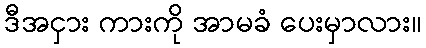
ဒီအငှား ကားကို အာမခံ ပေးမှာလား။